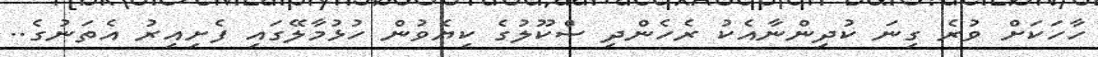
ހާހަކަށް ވުރެ ގިނަ ކުދިންނާއެކު ރެހެންދި ސްކޫލުގެ ކިޔެވުން ހުޅުމާލޭގައި ފެށިއިރު އެތަނުގެ..